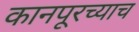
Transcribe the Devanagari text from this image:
कानपूरच्याच